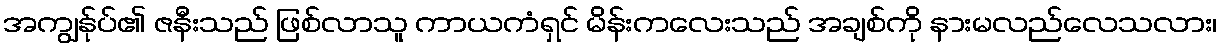
အကျွန်ုပ်၏ ဇနီးသည် ဖြစ်လာသူ ကာယကံရှင် မိန်းကလေးသည် အချစ်ကို နားမလည်လေသလား၊